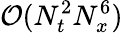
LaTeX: \mathcal{O}(N_{t}^{2}N_{x}^{6})